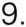
9.